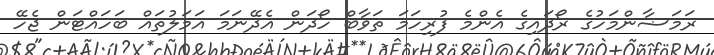
ރަމަޟާންމަހުގެ ރޯދައިގެ އެންމެ ފުރިހަމަ ޘަވާބް ހޯދަން އެދޭނަމަ އަމަލުތައް ބަހައްޓަން ޖެހޭ